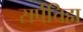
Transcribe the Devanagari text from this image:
सर्पचिह्म